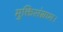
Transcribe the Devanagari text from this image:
मुक्तिसंग्राम।